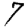
Digit: 7